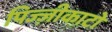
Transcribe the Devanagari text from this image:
पिज्ज़ीकाटो